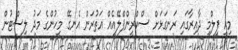
މިއީ ފިލްމީ ދާއިރާގައި ރަނގަޅަށް ސްކްރީންޕްލޭއެއް އަތުރަން އެނގޭ މީހުންގެ މަދު ލިސްޓުން